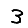
Digit: 3